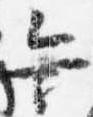
午